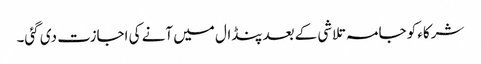
شرکاء کو جامہ تلاشی کے بعدپنڈال میں آنے کی اجازت دی گئی۔